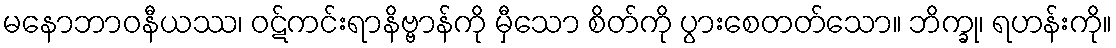
မနောဘာဝနီယဿ၊ ဝဋ်ကင်းရာနိဗ္ဗာန်ကို မှီသော စိတ်ကို ပွားစေတတ်သော။ ဘိက္ခု၊ ရဟန်းကို။